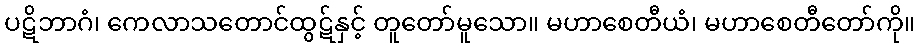
ပဋိဘာဂံ၊ ကေလာသတောင်ထွဋ်နှင့် တူတော်မူသော။ မဟာစေတီယံ၊ မဟာစေတီတော်ကို။